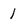
Character: 1